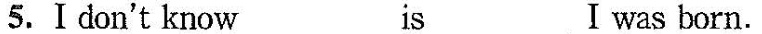
5. I don't know___ is___ I was born.